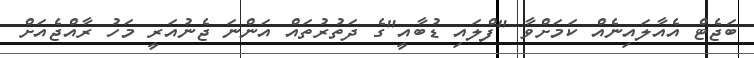
ބަޖެޓް އެއާލައިނެއް ކަމަށްވާ "ފްލައި ޑުބާއީ"ގެ ދަތުރުތައް އަންނަ ޖެނުއަރީ މަހު ރާއްޖެއަށް